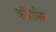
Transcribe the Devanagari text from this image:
कॉरोसिव